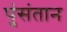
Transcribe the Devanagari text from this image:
पुंसंतान